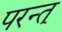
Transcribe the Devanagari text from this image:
परन्त्